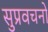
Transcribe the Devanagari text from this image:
सुप्रवचनों